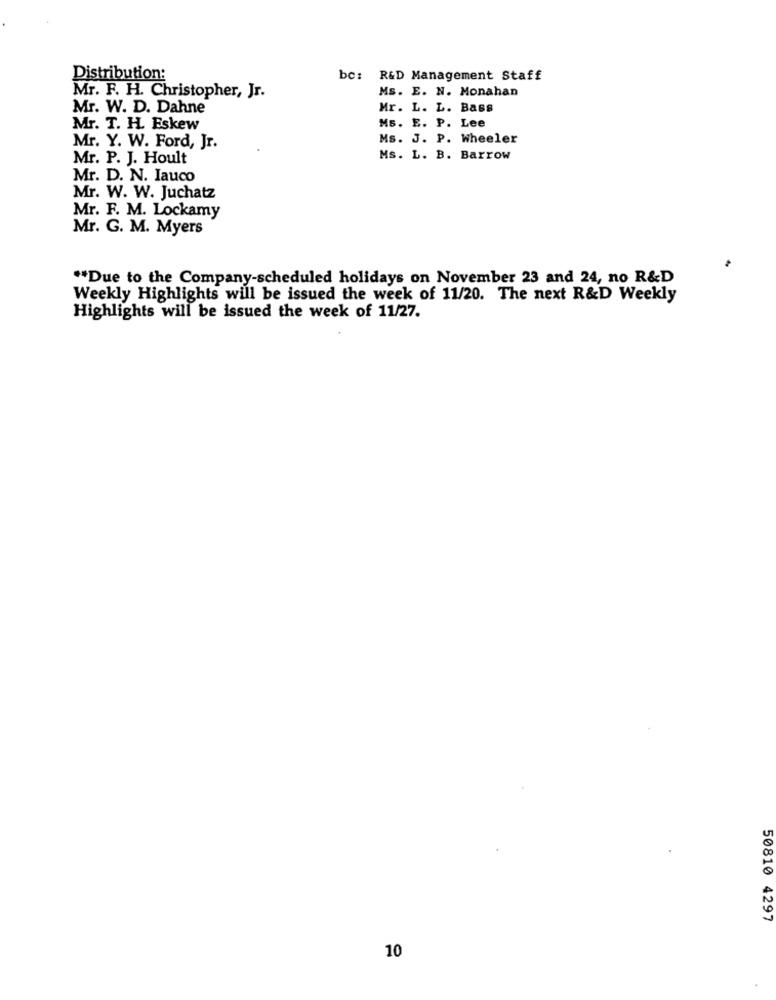
Distribution:
bc: R&D Management Staff
Ms. E. N. Monahan
Mr. F. H. Christopher, Jr.
Mr. W. D. Dahne
Mr. L. L. Bass
Mr. T. H. Eskew
Ms. E. P. Lee
Ms. J. P. Wheeler
Mr. Y. W. Ford, Jr.
Mr. P. J. Hoult
Ms. L. B. Barrow
Mr. D. N. Iauco
Mr. W. W. Juchatz
Mr. F. M. Lockamy
Mr. G. M. Myers
** Due to the Company-scheduled holidays on November 23 and 24, no R&D
Weekly Highlights will be issued the week of 11/20. The next R&D Weekly
Highlights will be issued the week of 11/27.
50810 4297
10